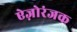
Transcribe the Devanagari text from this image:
ऐज़ोरंजक